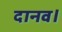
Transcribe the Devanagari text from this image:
दानव।